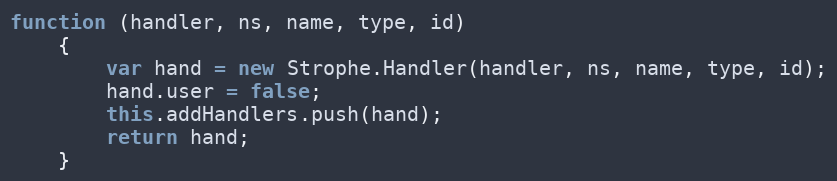
Language: JavaScript
function (handler, ns, name, type, id)
    {
        var hand = new Strophe.Handler(handler, ns, name, type, id);
        hand.user = false;
        this.addHandlers.push(hand);
        return hand;
    }